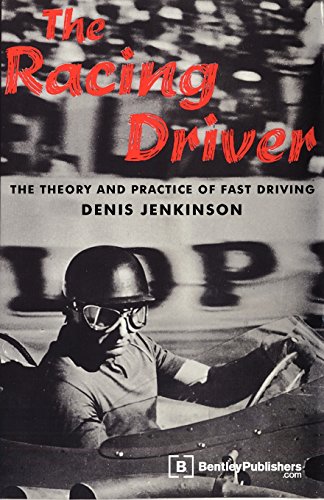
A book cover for The Racing Driver: The Theory and Practice of Fast Driving; Denis Jenkinson; Test Preparation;